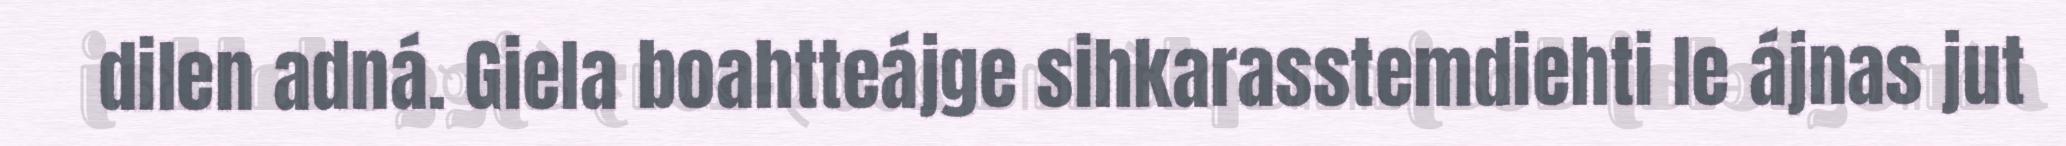
dilen adná. Giela boahtteájge sihkarasstemdiehti le ájnas jut